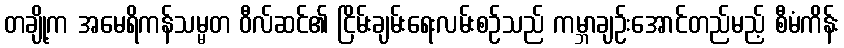
တချို့က အမေရိကန်သမ္မတ ဝီလ်ဆင်၏ ငြိမ်းချမ်းရေးလမ်းစဉ်သည် ကမ္ဘာချဉ်းအောင်တည်မည့် စီမံကိန်း